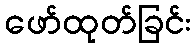
ဖော်ထုတ်ခြင်း